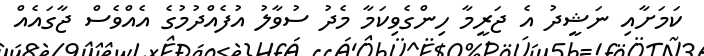
ކަމަށާއި ނަޝީދު އެ ޖަރީމާ ހިންގެވިކަމާ މެދު ސުވާލު އުފެއްދުމުގެ އެއްވެސް ޖާގައެއް